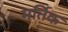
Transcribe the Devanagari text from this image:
मर्तिक